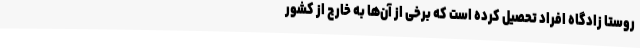
روستا زادگاه افراد تحصیل کرده است که برخی از آن‌ها به خارج از کشور